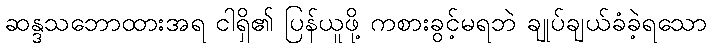
ဆန္ဒသဘောထားအရ ငါရှိ၏ ပြန်ယူဖို့ ကစားခွင့်မရဘဲ ချုပ်ချယ်ခံခဲ့ရသော